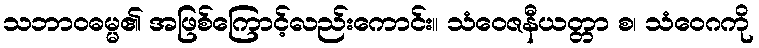
သဘာဝဓမ္မ၏ အဖြစ်ကြောင့်လည်းကောင်း။ သံဝေဇနီယတ္တာ စ၊ သံဝေဂကို